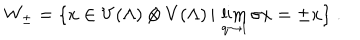
LaTeX: W _ { \pm } = \{ x \in V ( \Lambda ) \otimes V ( \Lambda ) \, | \, \lim _ { q \rightarrow 1 } \sigma x = \pm x \} \; .